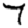
Digit: 7